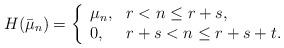
LaTeX: \begin{align*}H(\bar \mu_{n})=\left\{\begin{array}{ll}\mu_{n},&r<n\leq r+s,\\0,&r+s<n\leq r+s+t.\end{array}\right.\end{align*}